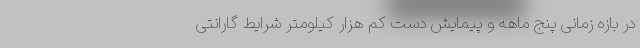
در بازه زمانی پنج ماهه و پیمایش دست کم هزار کیلومتر شرایط گارانتی